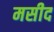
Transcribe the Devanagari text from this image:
मसीद